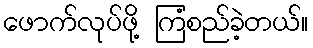
ဖောက်လုပ်ဖို့ ကြံစည်ခဲ့တယ်။